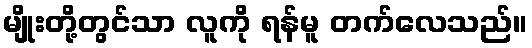
မျိုးတို့တွင်သာ လူကို ရန်မူ တက်လေသည်။